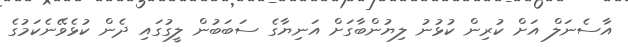
އާސެނަލް އަށް ކުރިން ކުޅުނު ލިޔުންބާގަށް އަނިޔާގެ ސަބަބުން ލީގުގައި ދެން ކުޅެވޭނެކަމުގެ